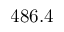
4 8 6 . 4